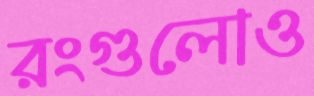
রংগুলোও